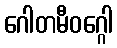
ဂေါတမီဝဂ္ဂေါ